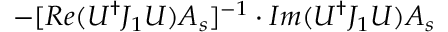
- [ R e ( U ^ { \dagger } J _ { 1 } U ) A _ { s } ] ^ { - 1 } \cdot I m ( U ^ { \dagger } J _ { 1 } U ) A _ { s }